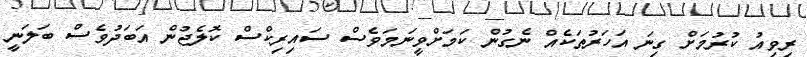
ރިވިއު ކުރުމަށް ގިނަ އަހަރުތަކެއް ނެގުން ކަމަށްވީނަމަވެސް ސައިރިކްސް ކޮލެޖުން އަބަދުވެސް ބަލަނީ